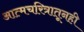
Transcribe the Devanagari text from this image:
आत्मचरित्रातूनही